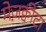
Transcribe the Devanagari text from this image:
मेज़क्वीटा